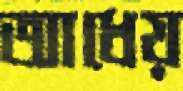
আধেয়